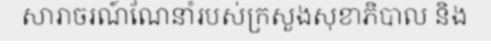
សារាចរណ៍ណែនាំរបស់ក្រសួងសុខាភិបាល និង